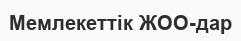
Мемлекеттік ЖОО-дар